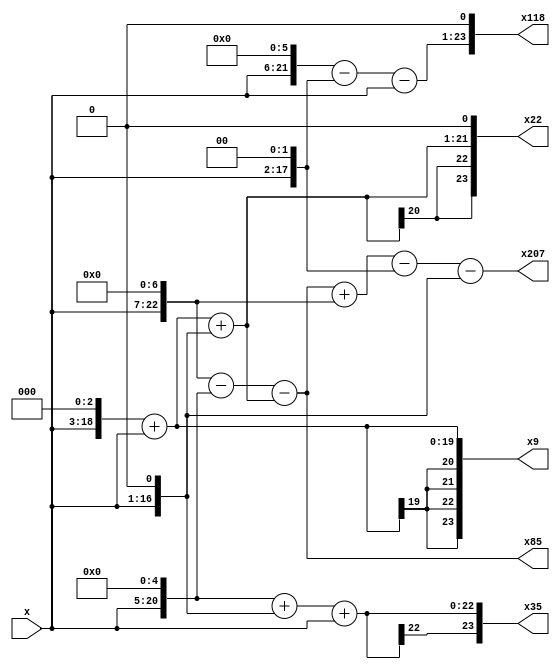
module rag4db(
	input signed [15:0] x,
	output signed [23:0] x9,x22, x35,x85,x118,x207
);

	wire signed [23:0] x11, x59;
	
	// RAG	
	
	assign x35 = (x <<< 5) + (x <<< 1) + x;
	assign x9 = (x <<< 3) + x;
	assign x11 = x9 + (x <<< 1);
	assign x59 = (x <<< 6) - (x <<< 2) - x;
	assign x85 = (x <<< 7) - (x <<< 5) - x11;
	assign x207 = x85 + (x <<< 7) - (x <<< 2) - (x <<< 1);
	
	//Sada
	assign x22 = x11 <<< 1;
	assign x118 = x59 <<< 1;
	
endmodule